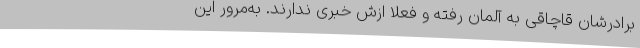
برادرشان قاچاقی به آلمان رفته و فعلاً ازش خبری ندارند. به‌مرور این